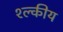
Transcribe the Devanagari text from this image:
श्ल्कीय